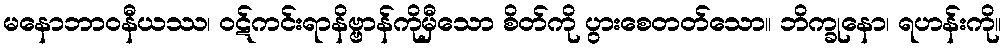
မနောဘာဝနီယဿ၊ ဝဋ်ကင်းရာနိဗ္ဗာန်ကိုမှီသော စိတ်ကို ပွားစေတတ်သော။ ဘိက္ခုနော၊ ရဟန်းကို။